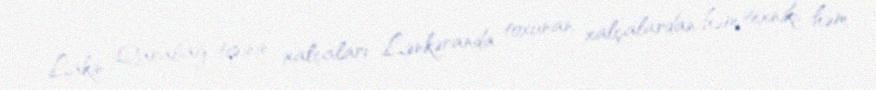
Lakin Qarabağ tipinin xalçaları Lənkəranda toxunan xalçalardan həm texniki, həm